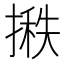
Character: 𪮞